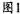
图1